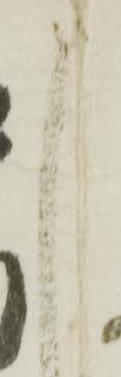
申